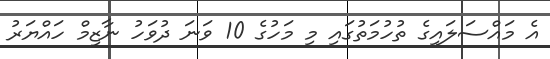
އެ މައްސަލައިގެ ތުހުމަތުގައި މި މަހުގެ 10 ވަނަ ދުވަހު ނާޒިމް ހައްޔަރު